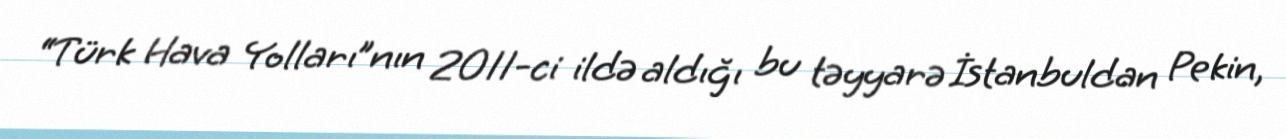
“Türk Hava Yolları”nın 2011-ci ildə aldığı bu təyyarə İstanbuldan Pekin,